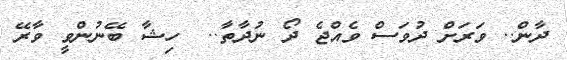
ދާން.. ވަރަށް ދުވަސް ވެއްޖެ ދޯ ނުދާތާ..  ހިޝާ ބޭނުންވީ ވާރޭ